Annual report of the Bengal Veterinary College and of the Civil Veterinary Department, Bengal, for the year 1916-17 - 1916-1917
Year: 1916
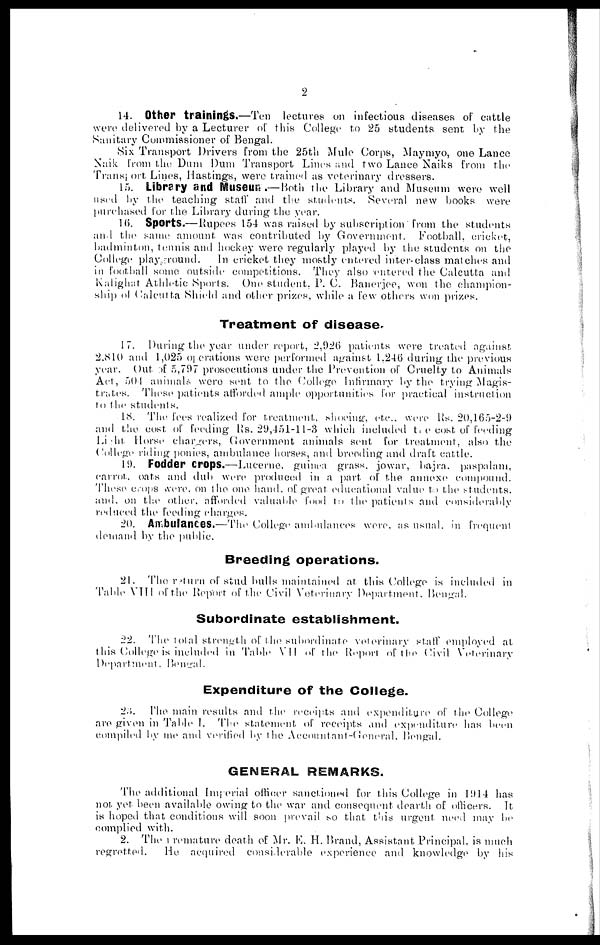
2
14. Other trainings.—Ten lectures on infectious diseases of cattle
were delivered by a Lecturer of this College to 25 students sent by the
Sanitary Commissioner of Bengal.
Six Transport Drivers from the 25th Mule Corps, Maymyo, one Lance
Naik from the Dum Dum Transport Lines and two Lance Naiks from the
Transport Lines, Hastings, were trained as veterinary dressers.
15. Library and Museum.—Both the Library and Museum were well
used by the teaching staff and the students. Several new books were
purchased for the Library during the year.
16. Sports.—Rupees 154 was raised by subscription from the students
and the same amount was contributed by Government. Football, cricket,
badminton, tennis and hockey were regularly played by the students on the
College playground.
In cricket they mostly entered inter-class matches and
in football some outside competitions. They also entered the Calcutta and
Kalighat Athletic Sports. One student, P. C. Banerjee, won the champion-
ship of Calcutta Shield and other prizes, while a few others won prizes.
Treatment of disease.
17. During the year under report, 2,926 patients were treated against.
2,810 and 1,025 operations were performed against 1.246 during the previous
year. Out 5,797 prosecutions under the Prevention of Cruelty to Animals
Act, 504 animals were sent to the College Infirmary by the trying Magis-
trates. These patients afforded ample opportunities for practical instruction
to the students.
18. The fees realized for treatment, shoeing, etc., were Us. 20,165-2-9
and the cost of feeding Rs. 29,451-11-3 which included the cost of feeding
Light Horse chargers, Government animals sent for treatment, also the
College riding ponies, ambulance horses, and breeding and draft cattle.
19. Fodder crops.—Lucerne, guinea grass, jowar, bajra. paspalam,
carrot, oats and dub were produced in a part of the annexe compound.
These crops were, on the one hand, of great educational value to the students,
and, on the other, afforded valuable food to the patients and considerably
reduced the feeding charges.
20. Ambulances.—The College ambulances were, as usual, in frequent
demand by the public.
Breeding operations.
21. The return of stud bulls maintained at this College is included in
Table VIII of the Report of the Civil Veterinary Department. Bengal.
Subordinate establishment.
22. The total strength of the subordinate veterinary staff employed at
this College is included in Table VII of the Report of the Civil Veterinary
Department. Bengal.
Expenditure of the College.
23. The main results ami the receipts and expenditure of the College
are given in Table I. The statement of receipts and expenditure has been
compiled by me and verified by the Accountant-General, Bengal.
GENERAL REMARKS.
The additional Imperial officer sanctioned for this College in 1914 has
not yet been available owing to the war and consequent dearth of officers. It
is hoped that conditions will soon prevail so that this urgent need may be
complied with.
2. The remature death of Mr. E. H. Brand, Assistant Principal, is much
regretted.
He acquired considerable experience and knowledge by his